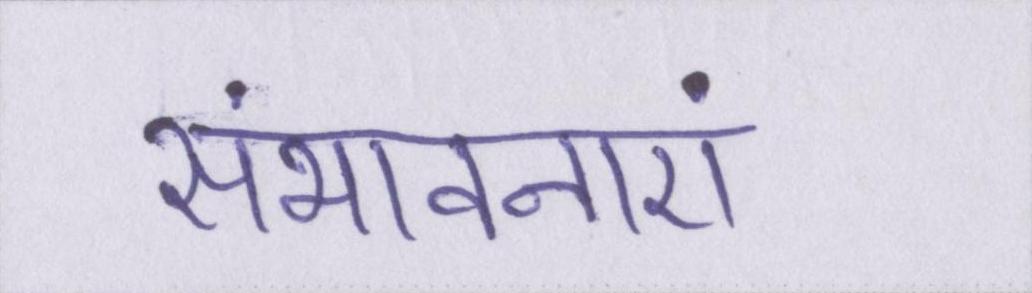
संभावनाएं